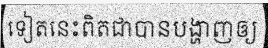
ទៀតនេះពិតជាបានបង្ហាញឲ្យ